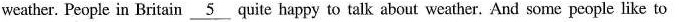
weather. People in Britain \underline{5} quite happy to talk about weather. And some people like to